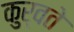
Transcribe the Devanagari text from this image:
कुर्वते